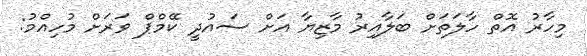
މިހާރު އޮތް ހާލަތަށް ބަލާއިރު މާޒިޔާ އަށް ސައުދީ ކޭމްޕް ވަރަށް މުހިއްމު: